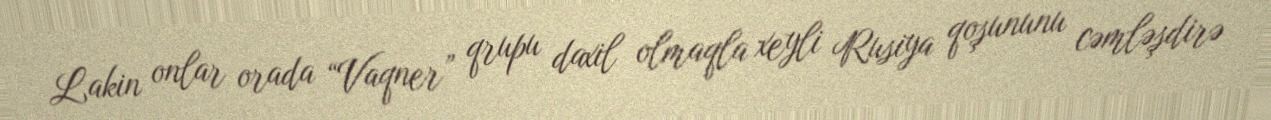
Lakin onlar orada “Vaqner” qrupu daxil olmaqla xeyli Rusiya qoşununu cəmləşdirə